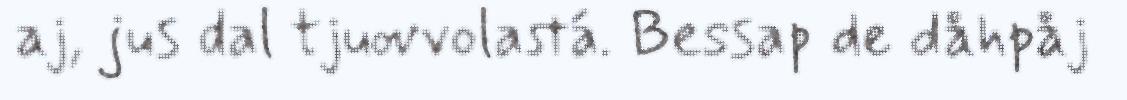
aj, jus dal tjuovvolastá. Bessap de dåhpåj